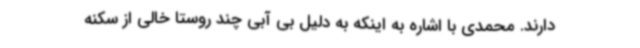
دارند. محمدی با اشاره به اینکه به دلیل بی آبی چند روستا خالی از سکنه